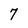
Character: 7